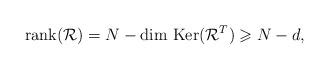
LaTeX: \begin{align*} \hbox{rank} (\mathcal R) = N - \hbox{dim Ker} (\mathcal R^T) \geqslant N - d,\end{align*}